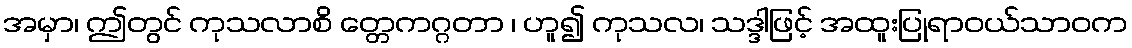
အမှာ၊ ဤတွင် ကုသလာစိ တ္တေကဂ္ဂတာ ၊ ဟူ၍ ကုသလ၊ သဒ္ဒါဖြင့် အထူးပြုရာဝယ်သာဝက